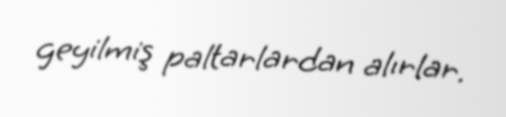
geyilmiş paltarlardan alırlar.